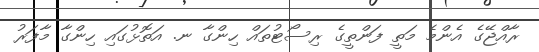
ރާއްޖޭގެ އެންމެ މަތީ ފަންތީގެ ރިސޯޓުތައް ހިންގާ ނ. އަތޮޅުގައި ހިންގާ މާފަރު